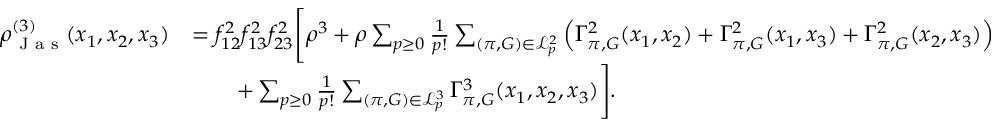
\begin{array} { r l } { \rho _ { \textnormal { J a s } } ^ { ( 3 ) } ( x _ { 1 } , x _ { 2 } , x _ { 3 } ) } & { = f _ { 1 2 } ^ { 2 } f _ { 1 3 } ^ { 2 } f _ { 2 3 } ^ { 2 } \Biggl [ \rho ^ { 3 } + \rho \sum _ { p \geq 0 } \frac { 1 } { p ! } \sum _ { ( \pi , G ) \in \mathcal { L } _ { p } ^ { 2 } } \left( \Gamma _ { \pi , G } ^ { 2 } ( x _ { 1 } , x _ { 2 } ) + \Gamma _ { \pi , G } ^ { 2 } ( x _ { 1 } , x _ { 3 } ) + \Gamma _ { \pi , G } ^ { 2 } ( x _ { 2 } , x _ { 3 } ) \right) } \\ & { \qquad + \sum _ { p \geq 0 } \frac { 1 } { p ! } \sum _ { ( \pi , G ) \in \mathcal { L } _ { p } ^ { 3 } } \Gamma _ { \pi , G } ^ { 3 } ( x _ { 1 } , x _ { 2 } , x _ { 3 } ) \Biggr ] . } \end{array}